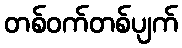
တစ်ဝက်တစ်ပျက်